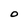
Character: O